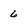
Character: 6